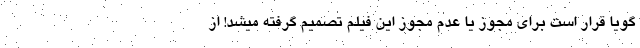
گویا قرار است برای مجوز یا عدم مجوز این فیلم تصمیم گرفته میشد! از